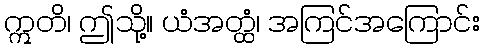
ဣတိ၊ ဤသို့။ ယံအတ္ထံ၊ အကြင်အကြောင်း